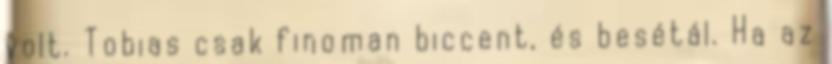
volt. Tobias csak finoman biccent, és besétál. Ha az